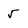
Character: 5